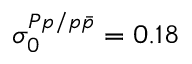
\sigma _ { 0 } ^ { { \cal { P } } p / { p \bar { p } } } = 0 . 1 8